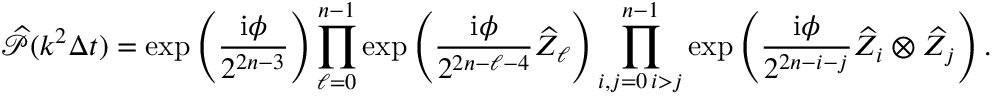
\widehat { \mathcal { P } } ( k ^ { 2 } \Delta t ) = \exp \left( \frac { \mathrm { i } \phi } { 2 ^ { 2 n - 3 } } \right) \prod _ { \ell = 0 } ^ { n - 1 } \exp \left( \frac { \mathrm { i } \phi } { 2 ^ { 2 n - \ell - 4 } } \widehat { Z } _ { \ell } \right) \prod _ { \substack { i , j = 0 \, i > j } } ^ { n - 1 } \exp \left( \frac { \mathrm { i } \phi } { 2 ^ { 2 n - i - j } } \widehat { Z } _ { i } \otimes \widehat { Z } _ { j } \right) .